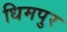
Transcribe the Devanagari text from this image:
धिमपुर